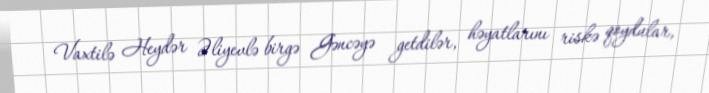
Vaxtilə Heydər Əliyevlə birgə Gəncəyə getdilər, həyatlarını riskə qoydular,